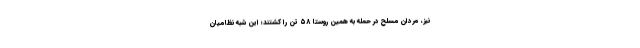
نیز، مردان مسلح در حمله به همین روستا ۵۸ تن را کشتند؛ این شبه نظامیان